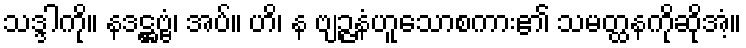
သဒ္ဒါကို။ နဒဋ္ဌဗ္ဗံ၊ အပ်။ ဟိ၊ န ဗျဉ္ဇနံဟူသောစကား၏ သမတ္ထနကိုဆိုအံ့။